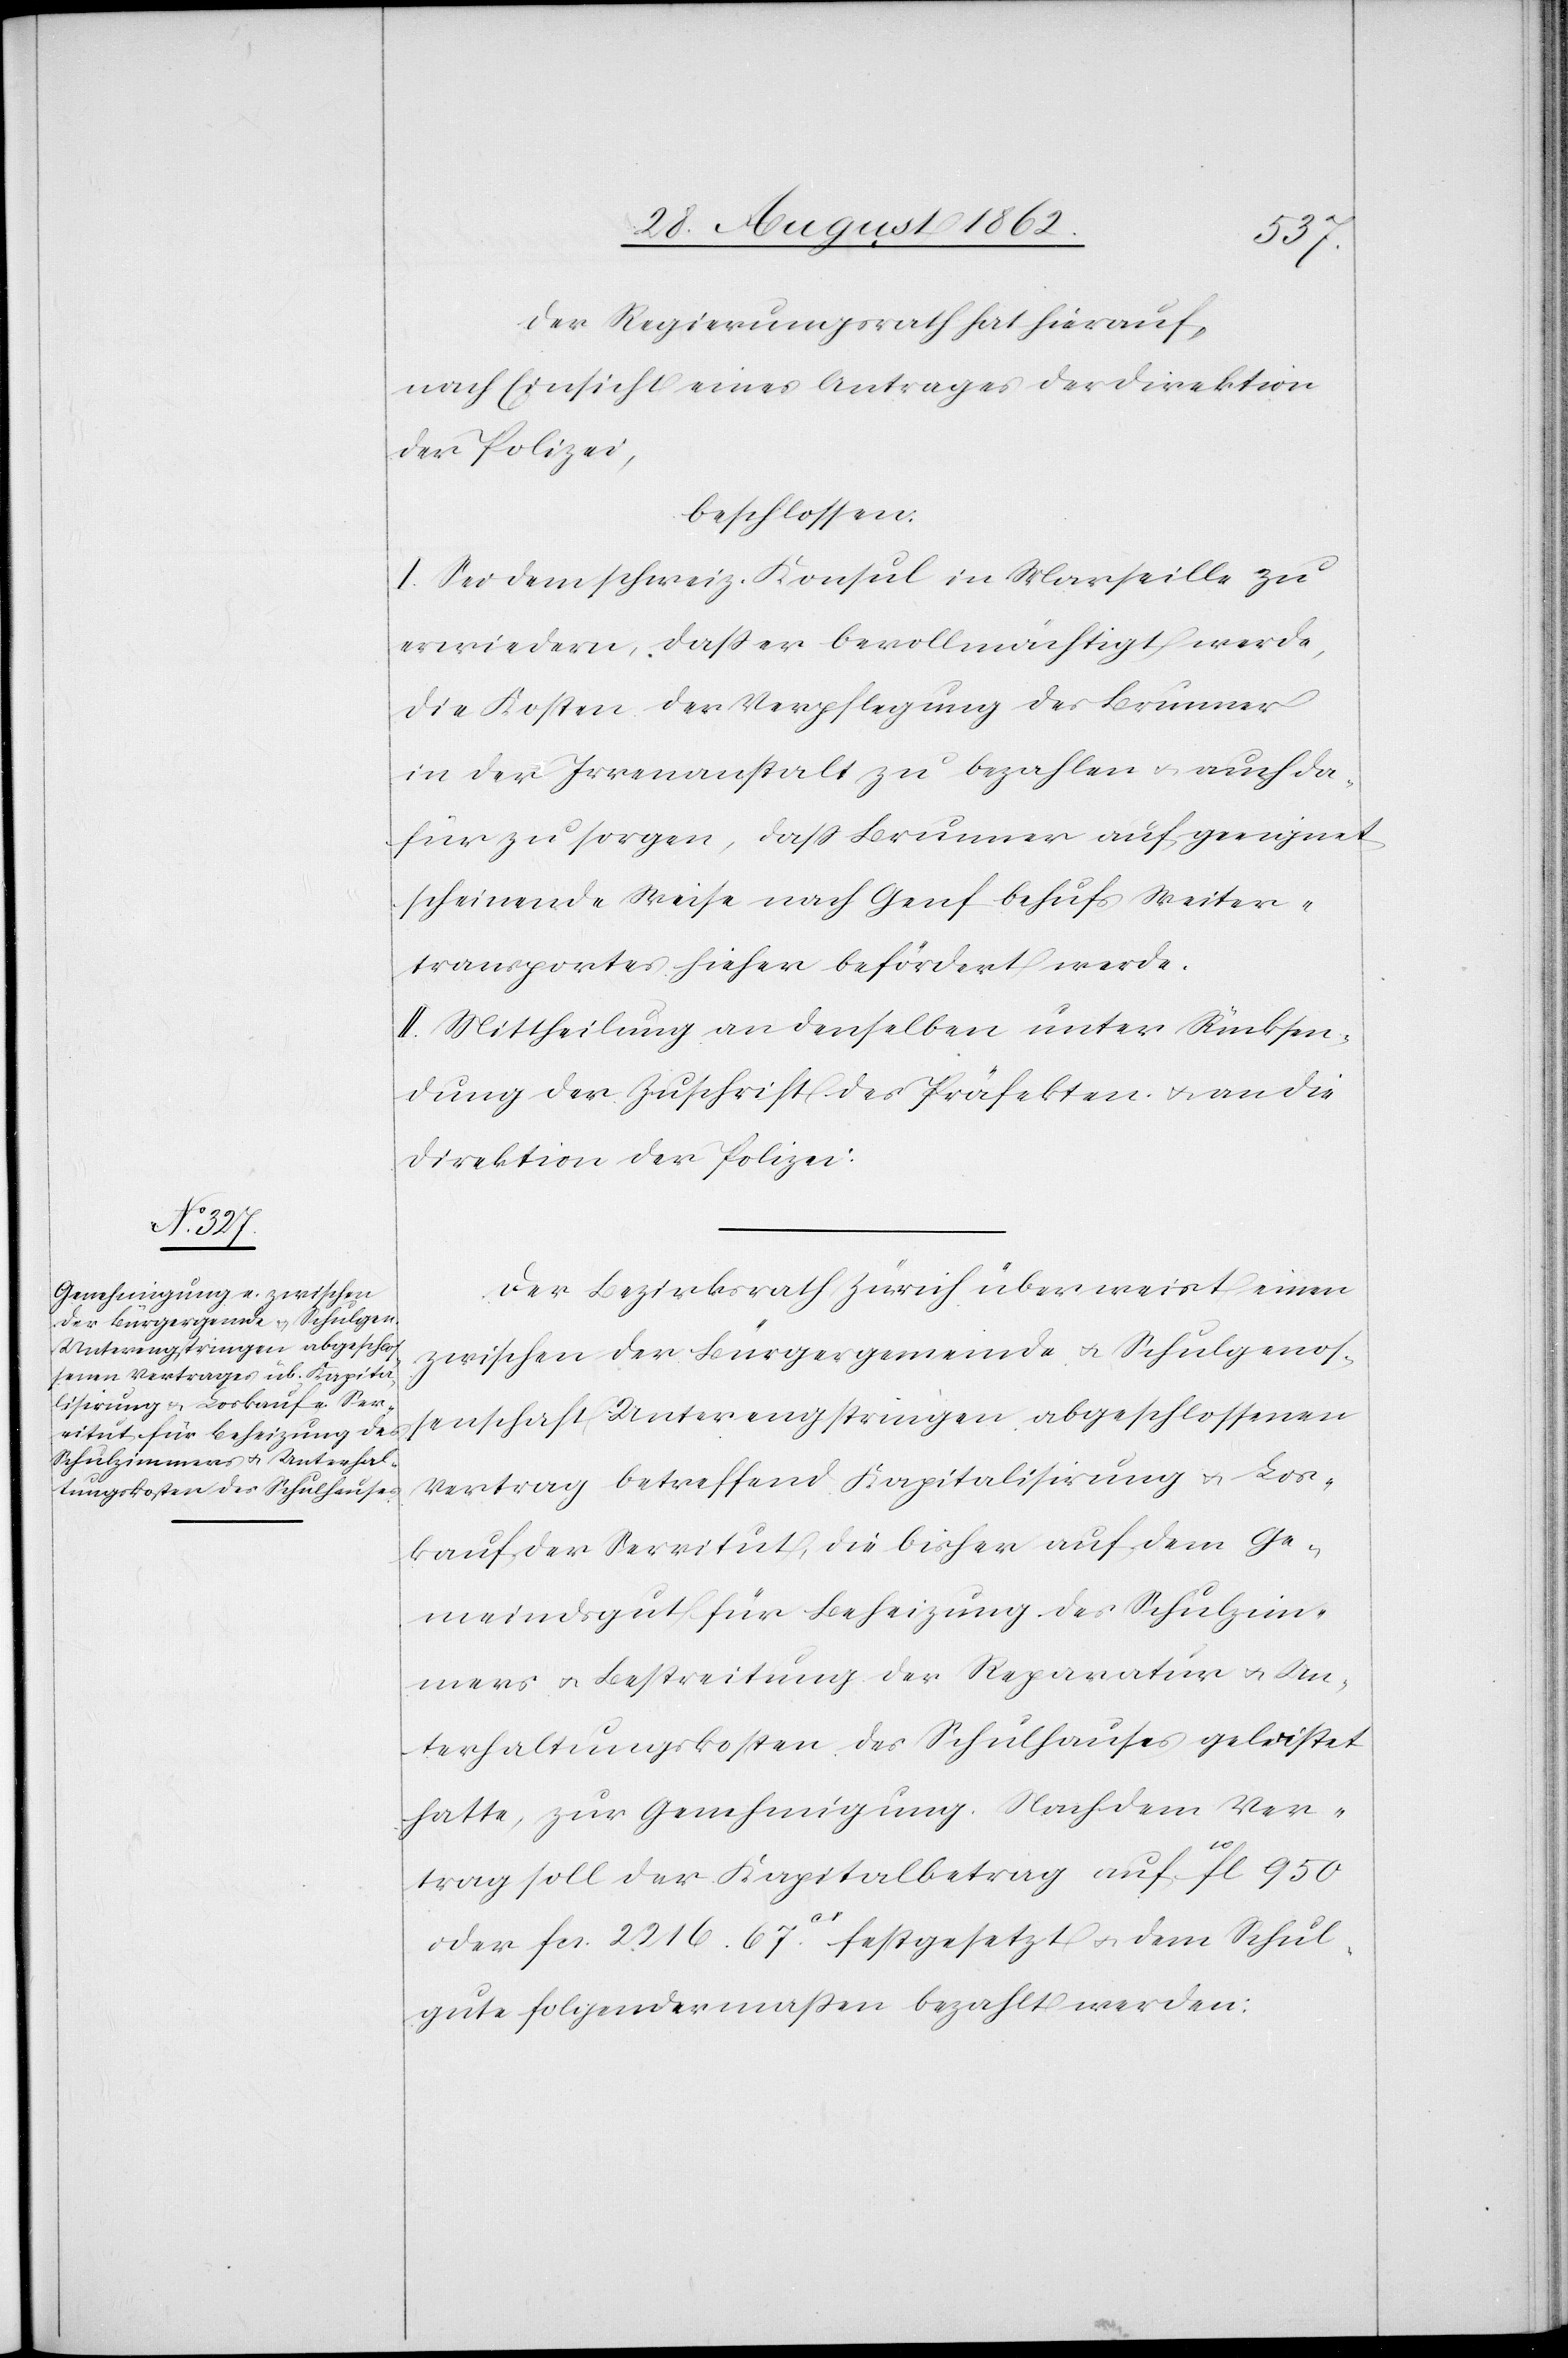
Der Regierungsrath hat hierauf,
nach Einsicht eines Antrages der Direktion
der Polizei,
beschlossen:
I. Sei dem schweiz. Konsul in Marseille zu
erwiedern, daß er bevollmächtigt werde,
die Kosten der Verpflegung des Brunner
in der Irrenanstalt zu bezahlen u. auch da¬
für zu sorgen, daß Brunner auf geeignet
scheinende Weise nach Genf behufs Weiter¬
transportes hieher befördert werde.
II. Mittheilung an denselben unter Rücksen¬
dung der Zuschrift des Präfekten u. an die
Direktion der Polizei.
Der Bezirksrath Zürich überweiset einen
zwischen der Bürgergemeinde u. Schulgenos¬
senschaft Unterengstringen abgeschlossenen
Vertrag betreffend Kapitalisirung u. Loos¬
kauf der Servitut, die bisher auf dem Ge¬
meindsgut für Beheizung des Schulzim¬
mers u. Bestreitung der Reparatur u. Un¬
terhaltungskosten des Schulhauses geleistet
hatte, zur Genehmigung. Nach dem Ver¬
trag soll der Kapitalbetrag auf 10fl. 950
oder fcs. 2216. 67C festgesetzt u. dem Schul¬
gute folgendermaßen bezahlt werden.